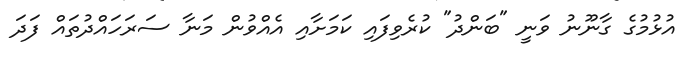
އުޅުމުގެ ގާނޫނު ވަނީ "ބަންދު" ކުރެވިފައި ކަމަށާއި އެއްވުން މަނާ ސަރަހައްދުތައް ފަދަ